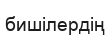
бишілердің